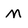
Character: N